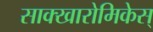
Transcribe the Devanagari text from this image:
साक्खारोमिकेस्